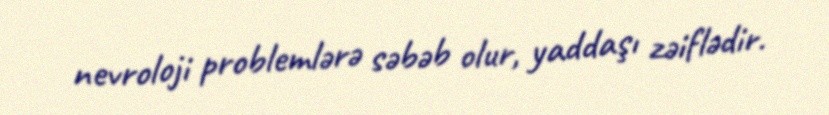
nevroloji problemlərə səbəb olur, yaddaşı zəiflədir.